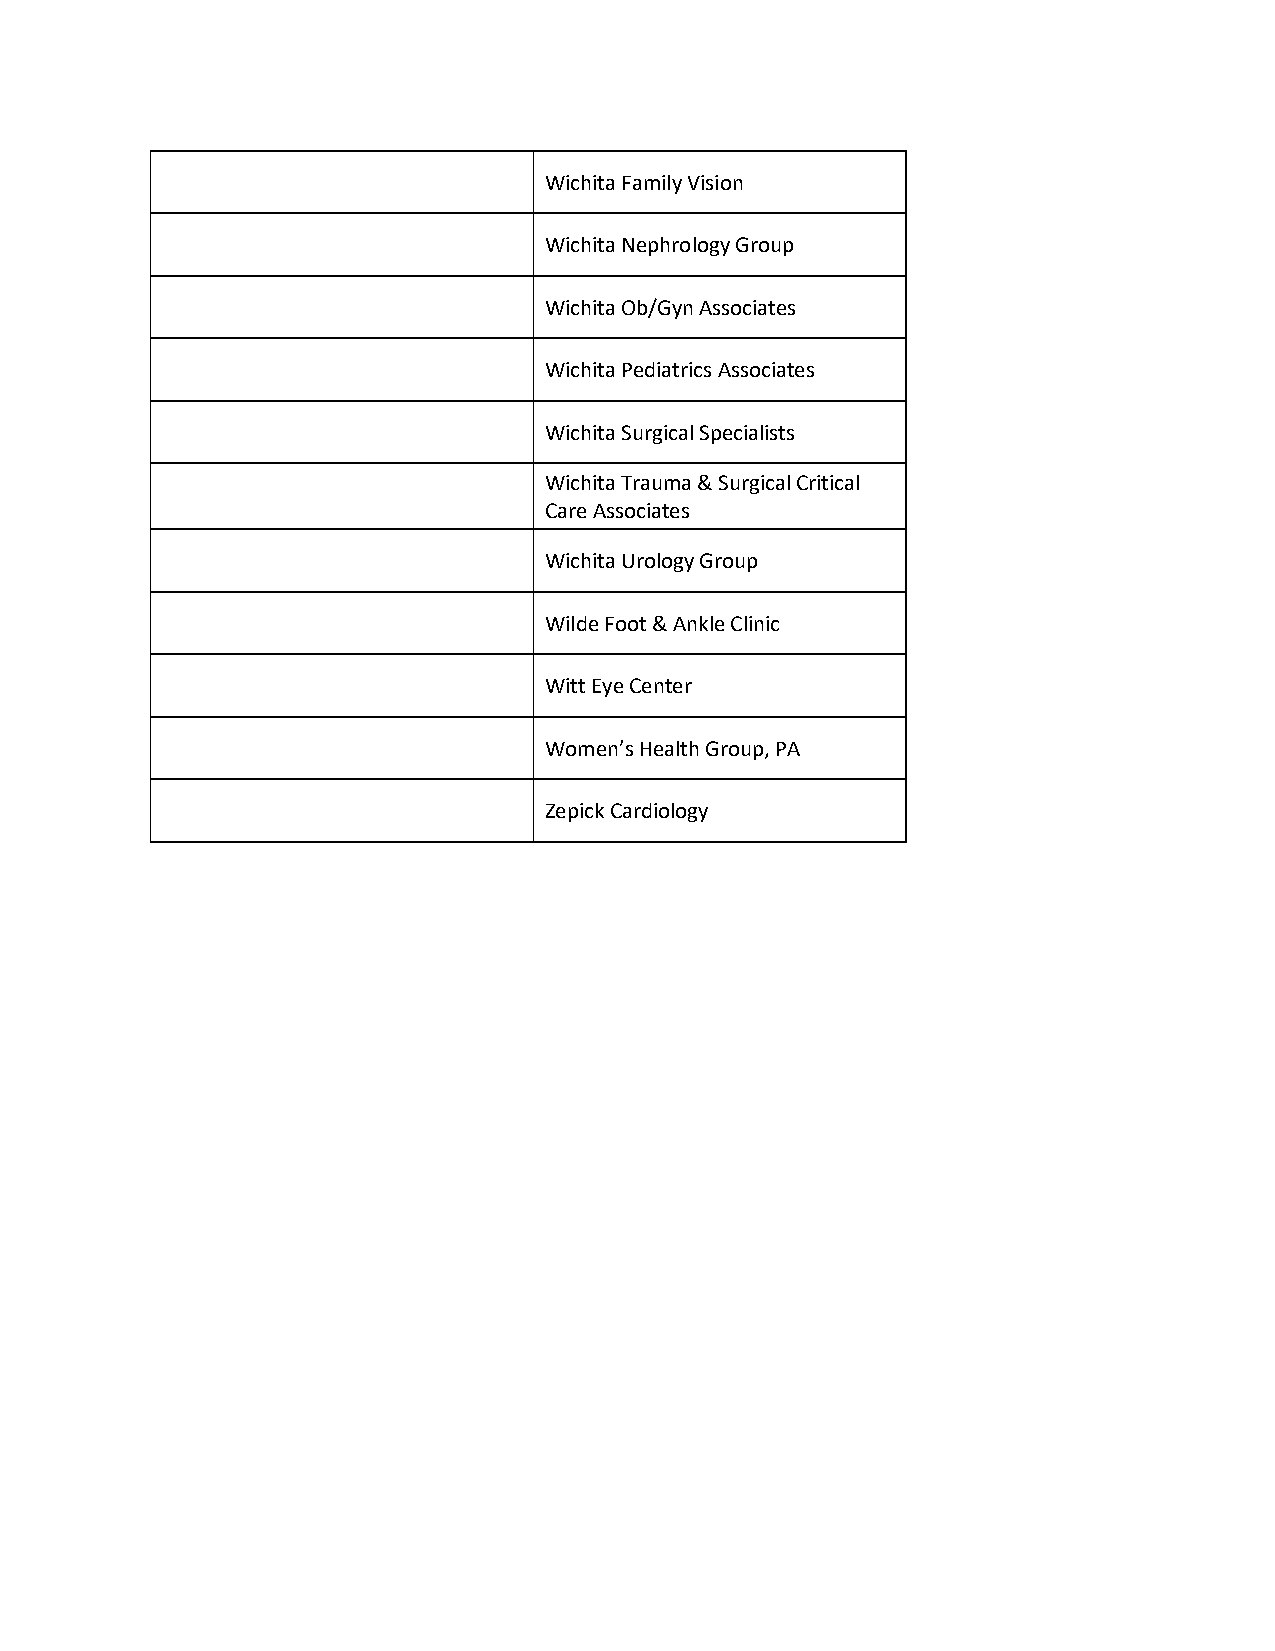
Wichita Family Vision
 Wichita Nephrology Group
 Wichita Ob/Gyn Associates
 Wichita Pediatrics Associates
 Wichita Surgical Specialists
 Wichita Trauma & Surgical Critical
 Care Associates
 Wichita Urology Group
 Wilde Foot & Ankle Clinic
 Witt Eye Center
 Women’s Health Group, PA
 Zepick Cardiology